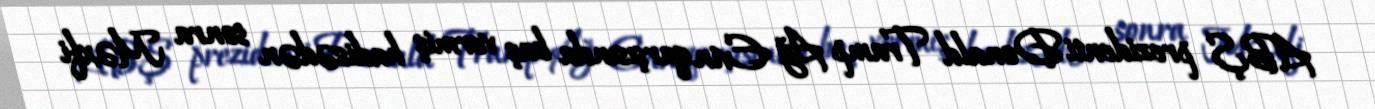
ABŞ prezidenti Donald Tramp Ağ Evin qarşısında baş vermiş hadisədən sonra Məxfi